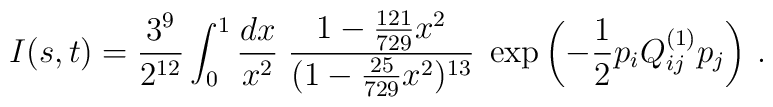
I (s, t) =\frac{3^9}{2^{12}} \int_0^1 \frac{dx}{x^2} \;\frac{1-\frac{121}{729} x^2}{ (1-\frac{25}{729} x^2)^{13}}   \;\exp \left(-\frac{1}{2} p_iQ^{(1)}_{ij}p_j\right)\,.